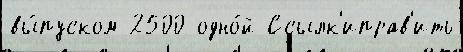
вы́пуском 2500 одно́й Ссылк'иправ'ить